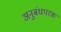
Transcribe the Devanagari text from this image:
अनुबंधपरक